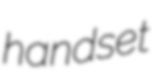
handset